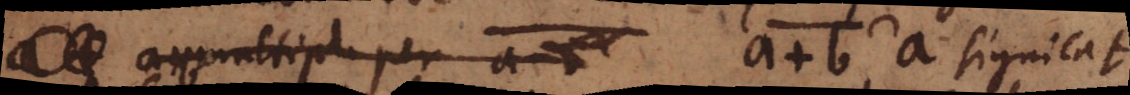
a+b a signicat